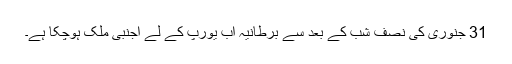
31 جنوری کی نصف شب کے بعد سے برطانیہ اب یورپ کے لے اجنبی ملک ہوچکا ہے۔